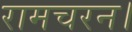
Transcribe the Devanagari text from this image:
रामचरन।